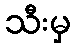
သီးမှ